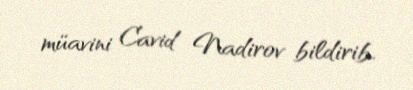
müavini Cavid Nadirov bildirib.